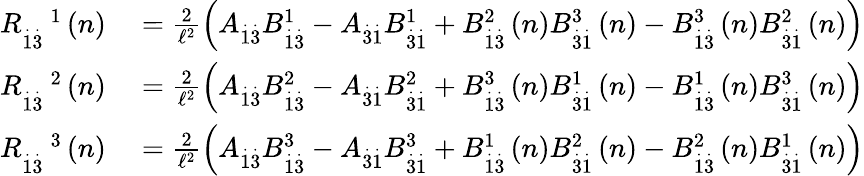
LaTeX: \begin{array}{rl}{R_{\overset{.}{1}\overset{.}{3}}^{\quad 1}\left(n\right)}&{{}=\frac{2}{\mathcal{\ell}^{2}}\left(A_{\overset{.}{1}\overset{.}{3}}B_{\overset{.}{1}\overset{.}{3}}^{1}-A_{\overset{.}{3}\overset{.}{1}}B_{\overset{.}{3}\overset{.}{1}}^{1}+B_{\overset{.}{1}\overset{.}{3}}^{2}\left(n\right)B_{\overset{.}{3}\overset{.}{1}}^{3}\left(n\right)-B_{\overset{.}{1}\overset{.}{3}}^{3}\left(n\right)B_{\overset{.}{3}\overset{.}{1}}^{2}\left(n\right)\right)}\\ {R_{\overset{.}{1}\overset{.}{3}}^{\quad 2}\left(n\right)}&{{}=\frac{2}{\mathcal{\ell}^{2}}\left(A_{\overset{.}{1}\overset{.}{3}}B_{\overset{.}{1}\overset{.}{3}}^{2}-A_{\overset{.}{3}\overset{.}{1}}B_{\overset{.}{3}\overset{.}{1}}^{2}+B_{\overset{.}{1}\overset{.}{3}}^{3}\left(n\right)B_{\overset{.}{3}\overset{.}{1}}^{1}\left(n\right)-B_{\overset{.}{1}\overset{.}{3}}^{1}\left(n\right)B_{\overset{.}{3}\overset{.}{1}}^{3}\left(n\right)\right)}\\ {R_{\overset{.}{1}\overset{.}{3}}^{\quad 3}\left(n\right)}&{{}=\frac{2}{\mathcal{\ell}^{2}}\left(A_{\overset{.}{1}\overset{.}{3}}B_{\overset{.}{1}\overset{.}{3}}^{3}-A_{\overset{.}{3}\overset{.}{1}}B_{\overset{.}{3}\overset{.}{1}}^{3}+B_{\overset{.}{1}\overset{.}{3}}^{1}\left(n\right)B_{\overset{.}{3}\overset{.}{1}}^{2}\left(n\right)-B_{\overset{.}{1}\overset{.}{3}}^{2}\left(n\right)B_{\overset{.}{3}\overset{.}{1}}^{1}\left(n\right)\right)}\end{array}